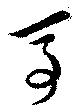
馬